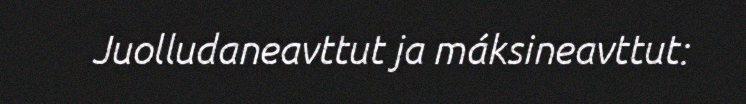
Juolludaneavttut ja máksineavttut: